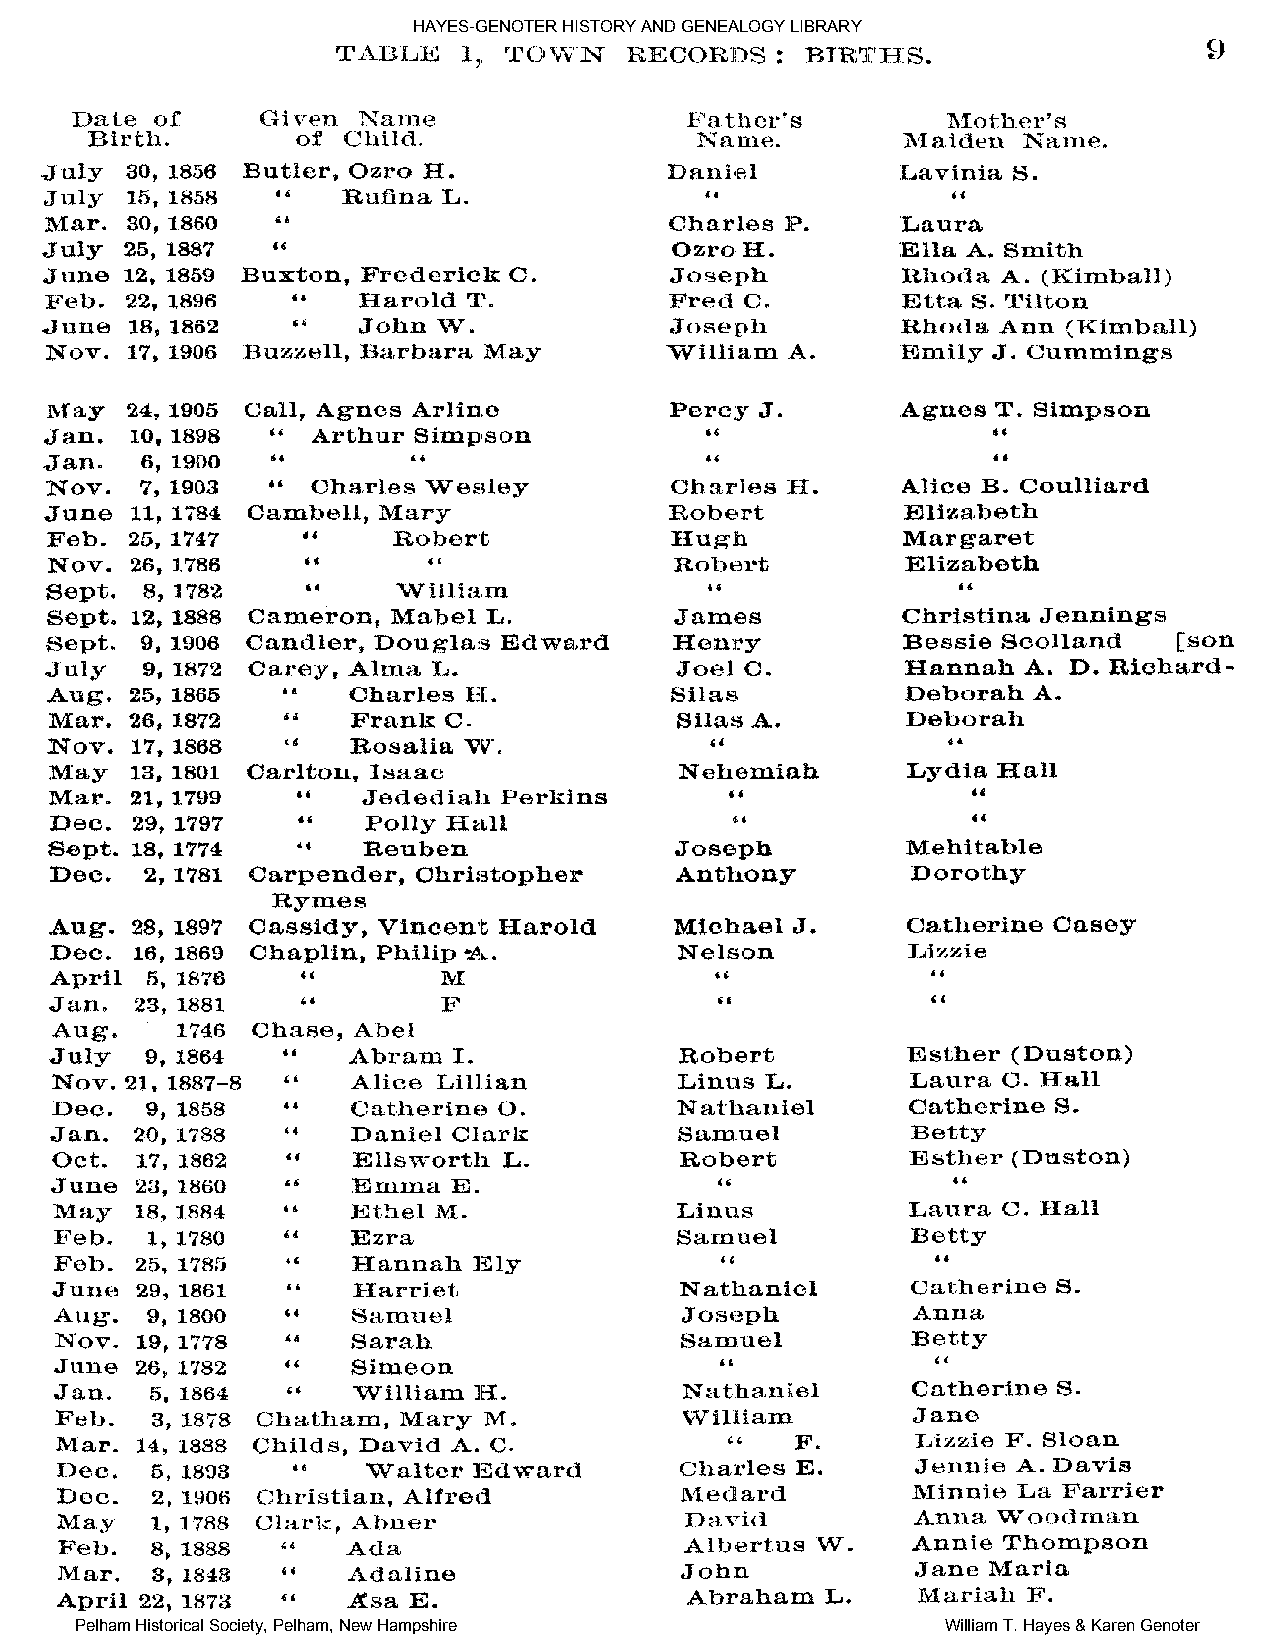
HAYES-GENOTER HISTORY AND GENEALOGY LIBRARY
 Pelham Historical Society, Pelham, New Hampshire          William T. Hayes & Karen Genoter